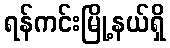
ရန်ကင်းမြို့နယ်ရှိ